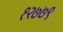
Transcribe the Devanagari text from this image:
१२७७९